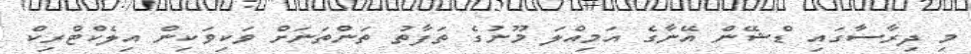
މި ދިރާސާގައި ޑްޝޭން އޭނާގެ އަމިއްލަ މޫނުގެ ތަފާތު ތަންތަނަށް ވަކިވަކިން އިލެކްޓްރިކް